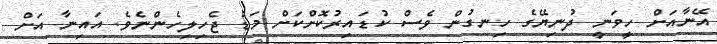
އޭނާއަށް ހީވަނީ ދުނިޔޭގެ ހިނގުން ވެސް ކުޑައިރުކޮށްކަށް މަޑު ޖެހިލިހެންނެވެ. އައިނާ އަށް